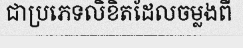
ជាប្រភេទលិខិតដែលចម្លងពី